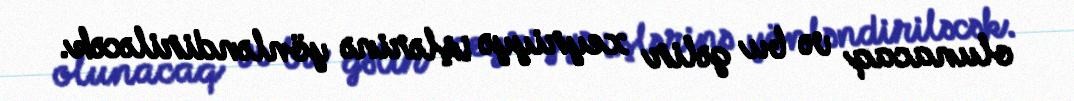
olunacaq və bu gəlir xeyriyyə işlərinə yönləndiriləcək.